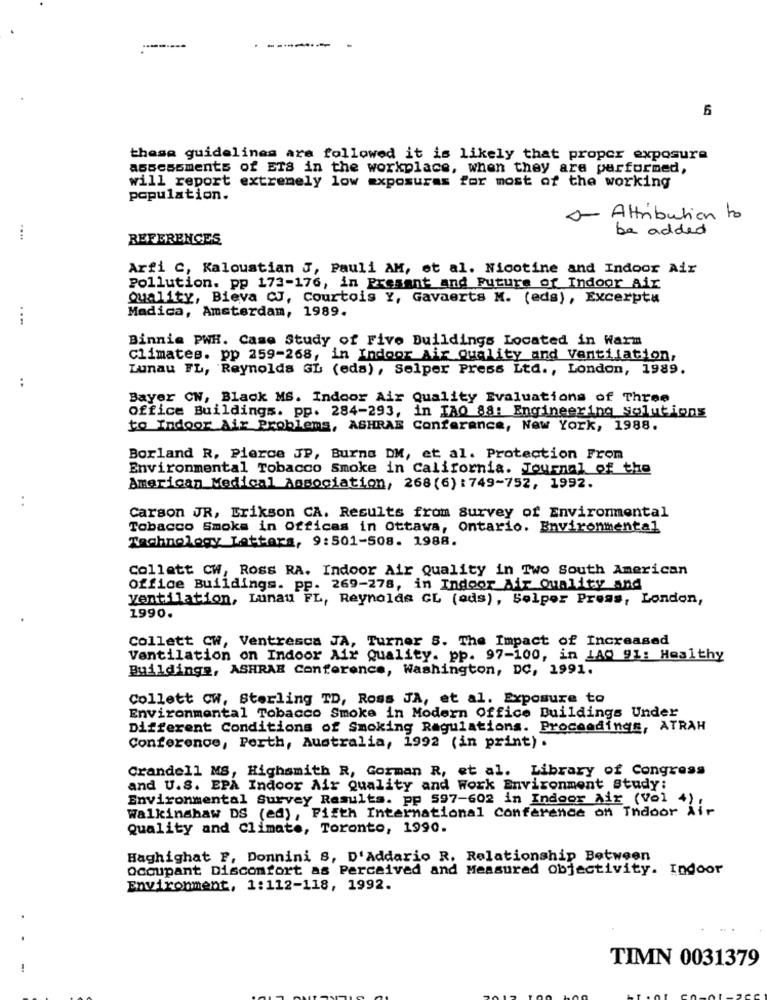
--------
----
6
these guidelines ara followed it is likely that proper exposure
assessments of ETS in the workplace, when they are performed,
will report extremely low exposures for most of the working
population.
- Attribution to
be added
REFERENCES
Arfi C, Kaloustian J, Pauli AM, et al. Nicotine and Indoor Aix
Pollution. pp 173-176, in Present and Future of Indoor Air
Quality, Bieva CJ, Courtois Y, Gavaerts M. (eds), Excerpta
Madica, Amsterdam, 1989.
Binnie PWH. Case Study of Five Buildings Located in Warm
Climates. pp 259-268, in Indoor Air Quality and Ventilation,
Lunau FL, Reynolds GL (eda), Selper Press Ltd ., London, 1989.
..
Bayer CN, Black MS. Indoor Air Quality Evaluations of Three
Office Buildings. pp. 284-293, in IAO 88: Engineering Solutions
to Indoor Air Problems, ASHRAE Conferance, New York, 1988.
Borland R, Pierce JP, Burns DM, et al. Protection From
Environmental Tobacco Smoke in California. Journal of the
American Medical Association, 268(6) : 749-752, 1992.
..
Carson JR, Erikson CA. Results from Survey of Environmental
Tobacco Smoke in Officas in Ottawa, Ontario. Environmental
Technology Lattars, 9:501-508. 1988.
Collett CW, Ross RA. Indoor Air Quality in Two South American
office Buildings. pp. 269-278, in Indoor Air Quality and
ventilation, Lunau FL, Reynolds GL (ods), Solpor Press, London,
1990.
Collett CW, Ventresca JA, Turner S. The Impact of Increased
Ventilation on Indoor Air Quality. pp. 97-100, in LA0 91: Healthy
Buildings, ASHRAE Conference, Washington, DC, 1991.
Collett Cw, Sterling TD, Ross JA, et al. Exposure to
Environmental Tobacco Smoke in Modern Office Buildings Under
Different Conditions of Smoking Ragulations. Proceedings, ATRAH
Conference, Perth, Australia, 1992 (in print) .
Crandell MS, Highsmith R, Gorman R, et al. Library of Congress
and U.S. EPA Indoor Air Quality and Work Environment Study:
Environmental Survey Results. pp 597-602 in Indoor Air (Vol
Walkinshaw DS (ed), Fifth International Conference on Indoor
Quality and Climate, Toronto, 1990.
Haghighat F, Donnini S, D'Addario R, Relationship Between
occupant Discomfort as Perceived and Measured objectivity. Indoor
Environment, 1:112-118, 1992.
.
TIMN 0031379